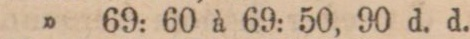
” 69: 60 à 69: 50, 90 d. d.